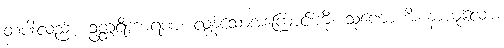
တပါးလည်း။ ဥတ္တရိကာရဏံ၊ လွန်သောအကြောင်းကို။ သုဏောဟိ၊ နာယူလော။